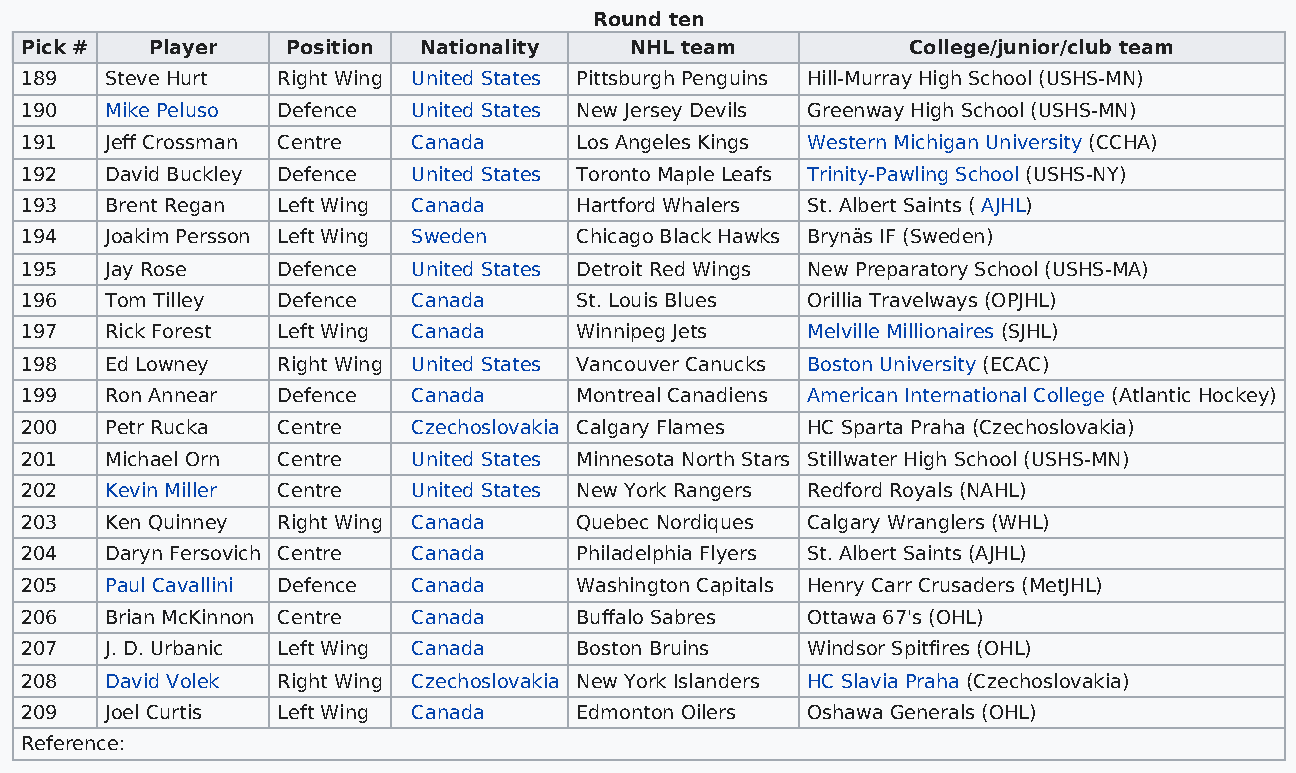
Round ten
 Pick #   Player   Position Nationality   NHL team          College/junior/club team
 189   Steve Hurt Right Wing United States Pittsburgh Penguins Hill-Murray High School (USHS-MN)
 190   Mike Peluso Defence United States New Jersey Devils Greenway High School (USHS-MN)
 191   Jeff Crossman Centre Canada    Los Angeles Kings Western Michigan University (CCHA)
 192   David Buckley Defence United States Toronto Maple Leafs Trinity-Pawling School (USHS-NY)
 193   Brent Regan Left Wing Canada   Hartford Whalers St. Albert Saints ( AJHL)
 194   Joakim Persson Left Wing Sweden Chicago Black Hawks Brynäs IF (Sweden)
 195   Jay Rose   Defence  United States Detroit Red Wings New Preparatory School (USHS-MA)
 196   Tom Tilley Defence  Canada     St. Louis Blues Orillia Travelways (OPJHL)
 197   Rick Forest Left Wing Canada   Winnipeg Jets  Melville Millionaires (SJHL)
 198   Ed Lowney  Right Wing United States Vancouver Canucks Boston University (ECAC)
 199   Ron Annear Defence  Canada     Montreal Canadiens American International College (Atlantic Hockey)
 200   Petr Rucka Centre   Czechoslovakia Calgary Flames HC Sparta Praha (Czechoslovakia)
 201   Michael Orn Centre  United States Minnesota North Stars Stillwater High School (USHS-MN)
 202   Kevin Miller Centre United States New York Rangers Redford Royals (NAHL)
 203   Ken Quinney Right Wing Canada  Quebec Nordiques Calgary Wranglers (WHL)
 204   Daryn Fersovich Centre Canada  Philadelphia Flyers St. Albert Saints (AJHL)
 205   Paul Cavallini Defence Canada  Washington Capitals Henry Carr Crusaders (MetJHL)
 206   Brian McKinnon Centre Canada   Buffalo Sabres Ottawa 67's (OHL)
 207   J. D. Urbanic Left Wing Canada Boston Bruins  Windsor Spitfires (OHL)
 208   David Volek Right Wing Czechoslovakia New York Islanders HC Slavia Praha (Czechoslovakia)
 209   Joel Curtis Left Wing Canada   Edmonton Oilers Oshawa Generals (OHL)
 Reference: